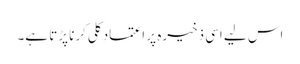
اس لیے اسی ذخیرہ پر اعتمادِ کلی کرنا پڑتا ہے۔